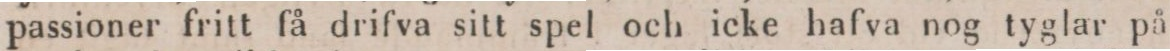
passioner fritt få drifva sitt spel och icke hafva nog tyglar på